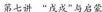
第七讲”戊戌”与启蒙